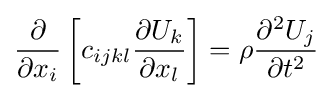
{\frac {\partial }{\partial x_{i}}}\left[c_{ijkl}{\frac {\partial U_{k}}{\partial x_{l}}}\right]=\rho {\frac {\partial ^{2}U_{j}}{\partial t^{2}}}